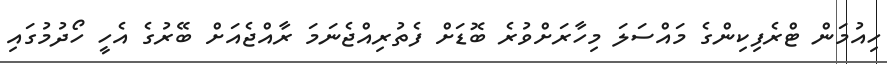
ހިއުމަން ޓްރެފިކިންގެ މައްސަލަ މިހާރަށްވުރެ ބޮޑަށް ފެތުރިއްޖެނަމަ ރާއްޖެއަށް ބޭރުގެ އެހީ ހޯދުމުގައި